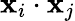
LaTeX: \mathbf{x}_{i}\cdot\mathbf{x}_{j}